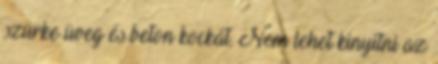
szürke üveg és beton kockát. Nem lehet kinyitni az